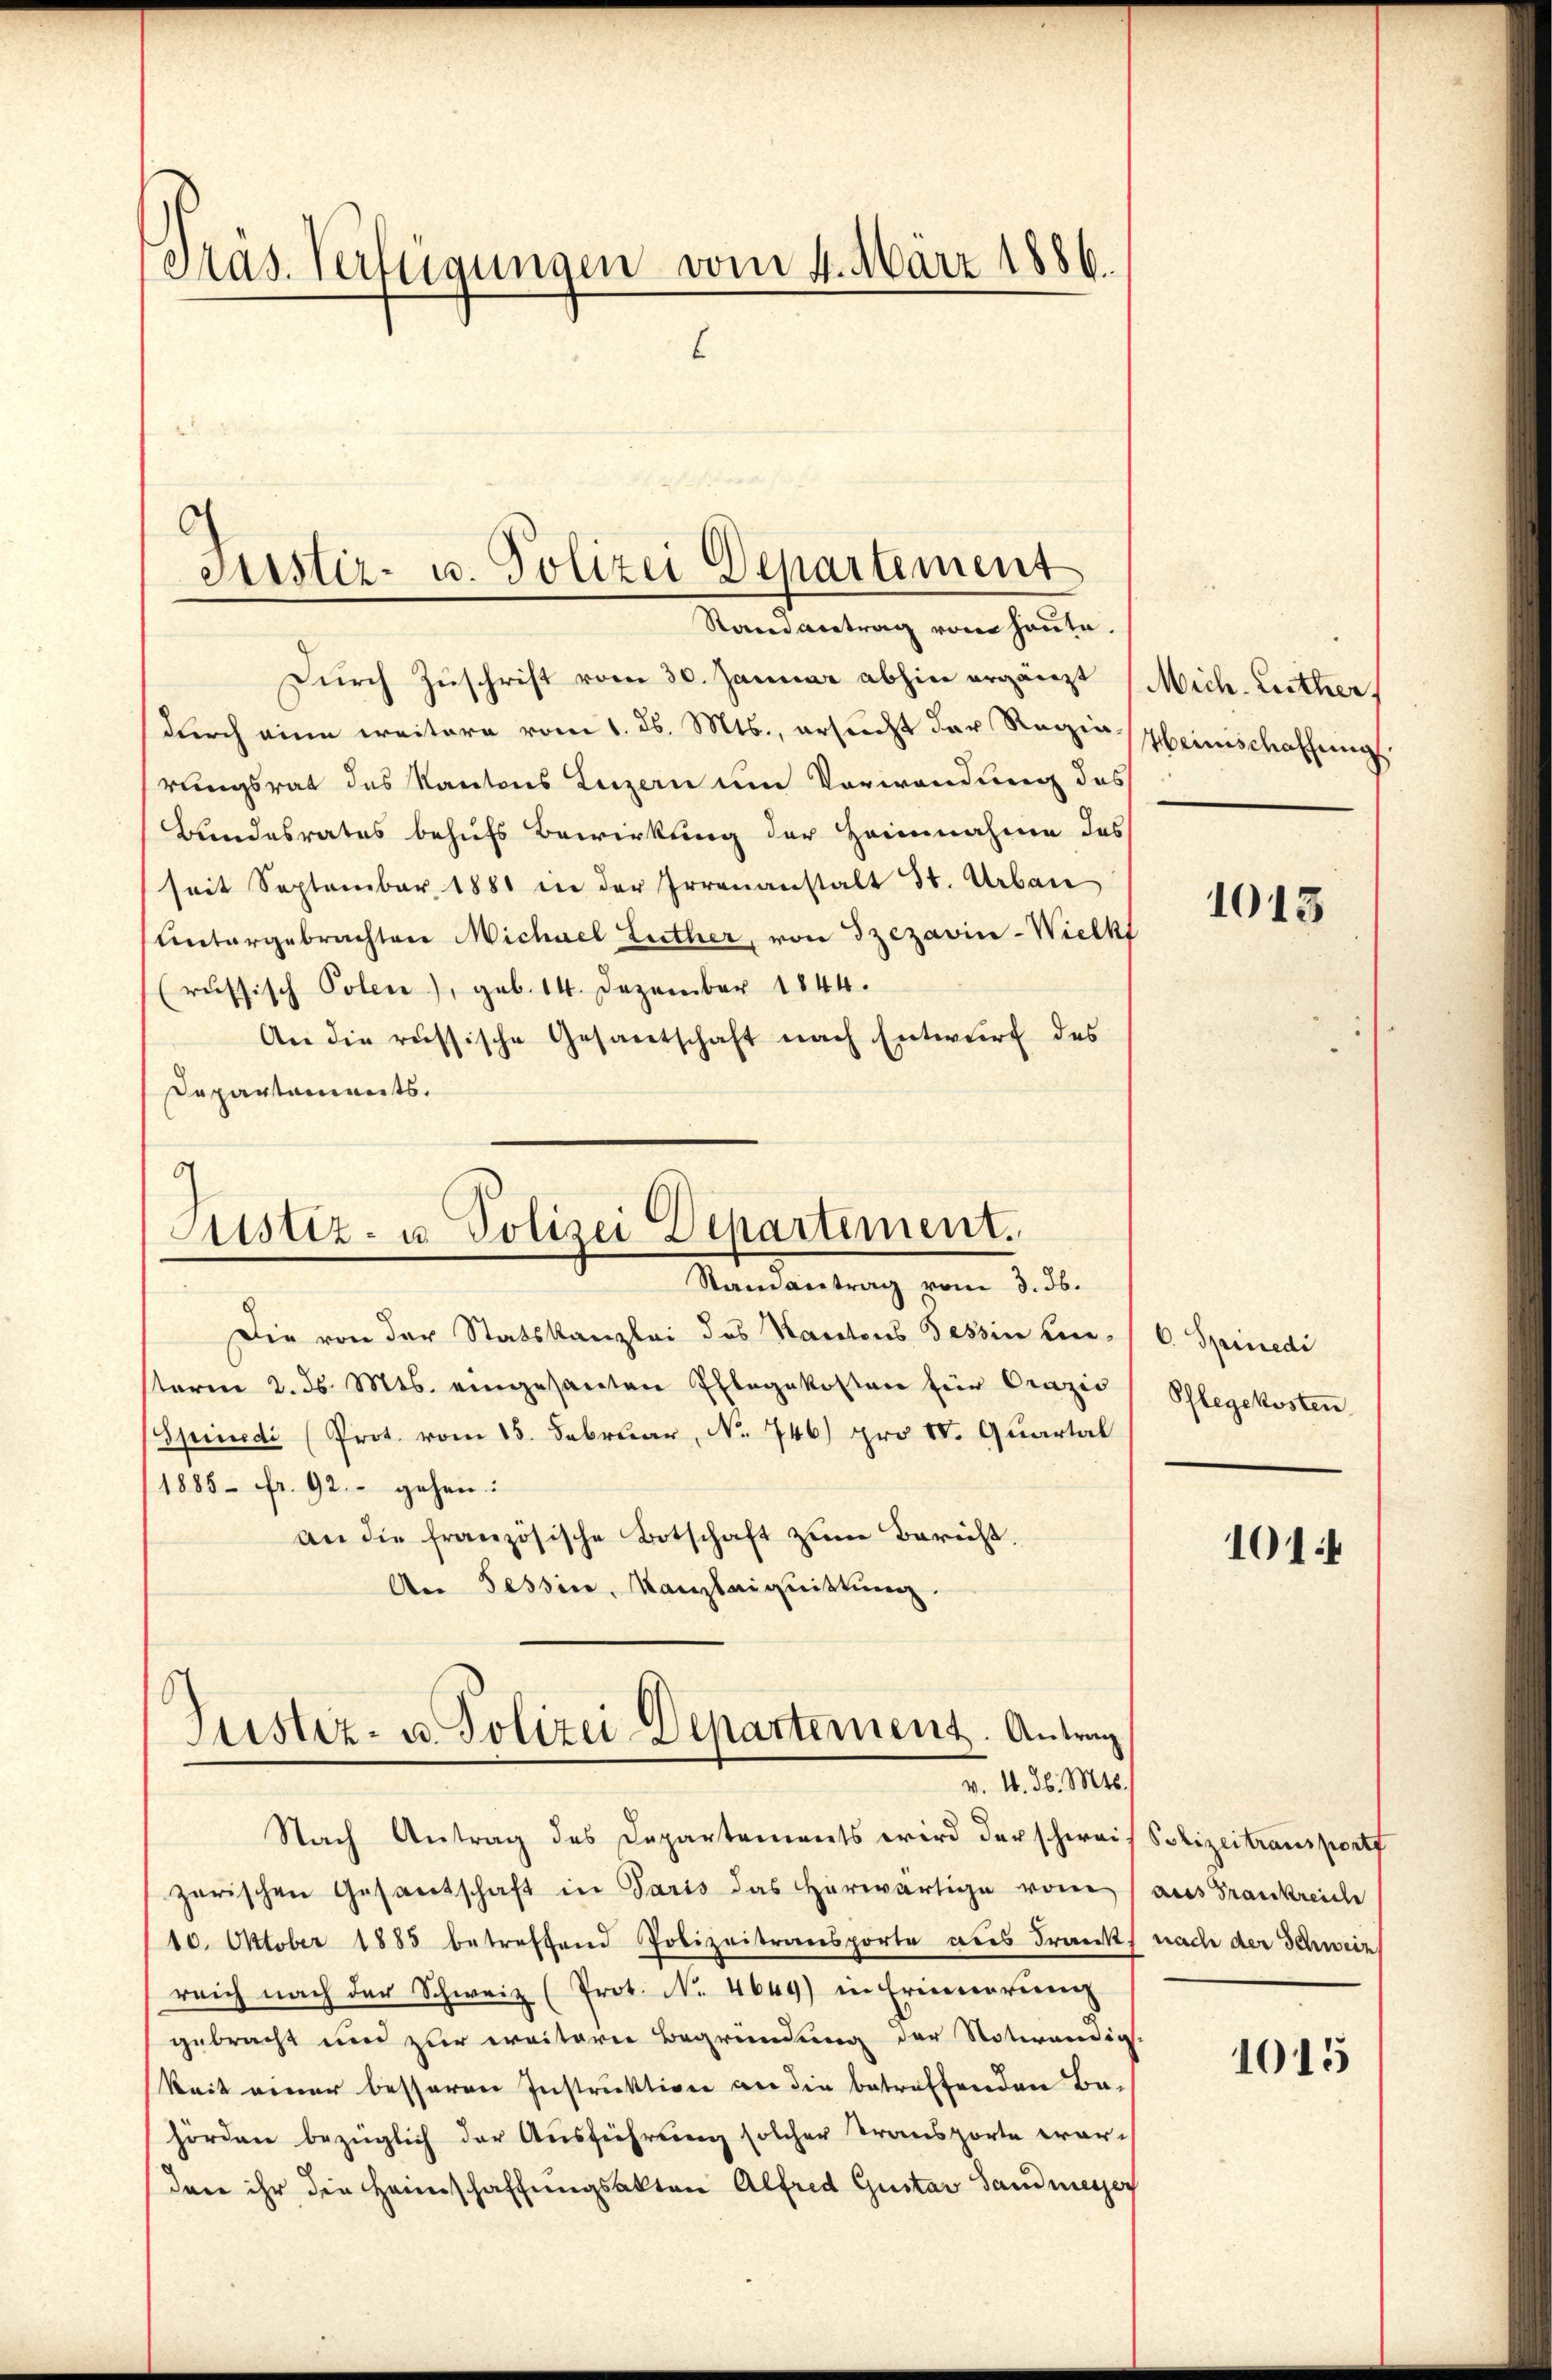
Präs. Verfügungen vom 4. März 1886.
.

Durch Zuschrift vom 30. Januar abhin ergänzt (Mich. Luther.
durch eine weitere vom 1. ds. Mts., ersucht der Regierungsrat des Kantons Luzern um Vorwendung des
Bundesrates behufs Bewirkung der Heinnahme das
seit September 1881 in der Irrenanstalt St. Urban
Untergebrachten Michael Luther, von Szezavin-Wielkt
(russisch Polen), geb. 14. Dezember 1844.
An die russische Gesantschaft nach Entwŭrf des
Departements.

Serstiz- u. Polizei Departement
Randantrag vom heute.

d
Justiz- u. Polizei Departement.
Randantrag vom 3. 56.

Die von der Statskanzlei des Kantons Tessin im C. Spinedi
steren 2. ds. Mts. eingesanten Ehlegekosten für Orazić (Schlegekosten
Spinedi (Prot. vom 15. Februar, No. 746) pro IV. Quartal
1885 Fr. 92. gehen:
an die französische Botschaft zum Bericht,
An Tessin, Kanzleiquittung.
Justiz- u. Polizei-Departement. Antrag

v. 4. d. Mts.

Nach Antrag des Departements wird der schweis Polizeitransportf
zerischen Gesantschaft in Paris das herwärtige vom (aus Frankreich
10. Oktober 1885 betreffend Polizeitransporte aus Frank nach der Schweiz
reich nach der Schweiz (Prot. No. 4649) in Erinnerung
gebracht und zur weitern Begründung der Notwendig-
keit einer besseren Instruktion an die betreffenden Behörden bezüglich der Ausführung solcher Transporte war-
dare ihr die Heimschaffungsakten Alfred Gustav Sandmesser

Heinischaffung.

1013

101.

1015